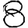
Digit: 8